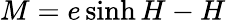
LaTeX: M=e\sinh H-H